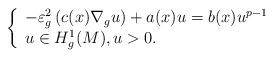
LaTeX: \begin{align*}\left\{\begin{array}[c]{l}-\varepsilon^{2}_{g}\left( c(x)\nabla_{g}u\right)+a(x)u=b(x)u^{p-1}\\u\in H_{g}^{1}(M),u>0.\end{array}\right. \end{align*}